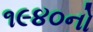
૧૯૪૦નો